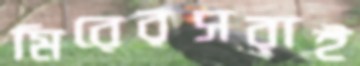
মিরেরসরাই